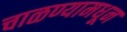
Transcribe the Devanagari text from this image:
चाळण्यामधून